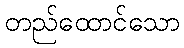
တည်ထောင်သော